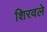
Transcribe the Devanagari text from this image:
शिरवले